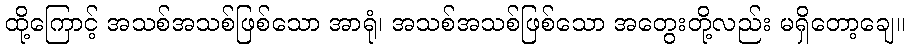
ထို့ကြောင့် အသစ်အသစ်ဖြစ်သော အာရုံ၊ အသစ်အသစ်ဖြစ်သော အတွေးတို့လည်း မရှိတော့ချေ။